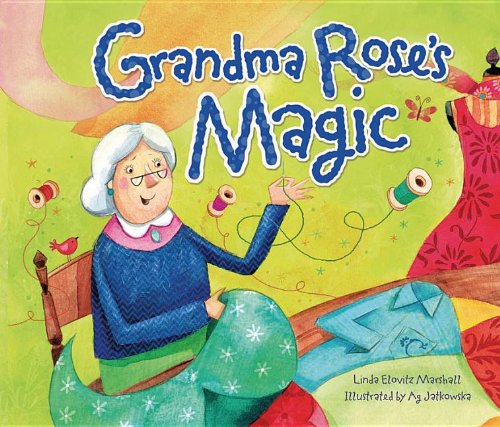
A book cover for Grandma Rose's Magic (Shabbat); Linda Elovitz Marshall; Children's Books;